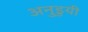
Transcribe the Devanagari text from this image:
अनुडुयी